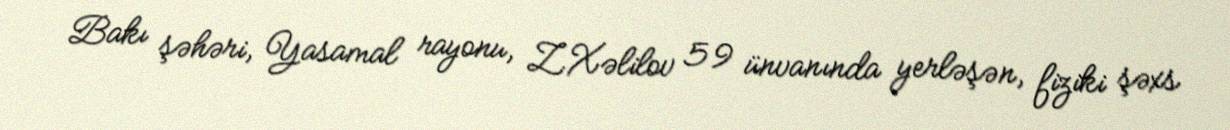
Bakı şəhəri, Yasamal rayonu, Z.Xəlilov 59 ünvanında yerləşən, fiziki şəxs